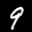
Label: 9